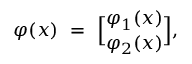
\varphi ( x ) \ = \ { \varphi _ { 1 } ( x ) \brack \varphi _ { 2 } ( x ) } ,